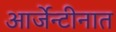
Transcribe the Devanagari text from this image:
आर्जेन्टीनात